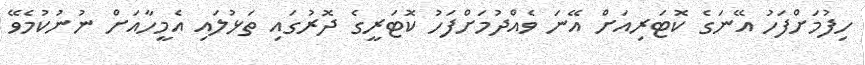
ހިފުމަށްފަހު އޭނަގެ ކޮޓަރިއަށް އޭނަ ވެއްދުމަށްފަހު ކޮޓަރީގެ ދޮރުގައި ތަޅުލައި އެމީހާއަށް ނުނުކުމެވޭ